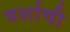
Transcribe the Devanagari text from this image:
वर्शाची